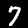
Label: 7